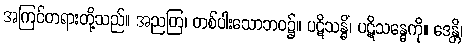
အကြင်တရားတို့သည်။ အညတြ၊ တစ်ပါးသောဘဝ၌။ ပဋိသန္ဓိံ၊ ပဋိသန္ဓေကို။ ဒေန္တိ၊